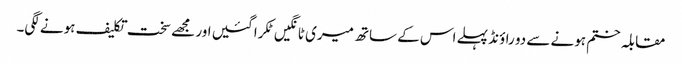
مقابلہ ختم ہونے سے دو راؤنڈ پہلے اس کے ساتھ میری ٹانگیں ٹکرا گئیں اور مجھے سخت تکلیف ہونے لگی۔